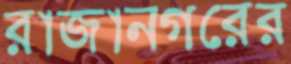
রাজানগরের